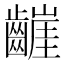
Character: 𮯒